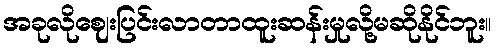
အခုလိုဈေးပြင်းလာတာထူးဆန်းမှုလို့မဆိုနိုင်ဘူး။